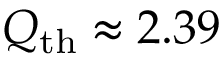
Q _ { \mathrm { t h } } \approx 2 . 3 9